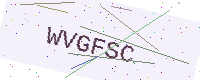
Text: WVGFSC